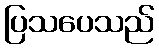
ပြသပေသည်